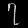
Digit: ၇